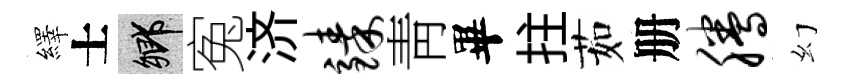
繹士鄉寃济臻靑畢拄茹册腾幻